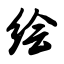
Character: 绘